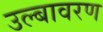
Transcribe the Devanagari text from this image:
उल्बावरण